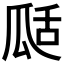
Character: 𤫵